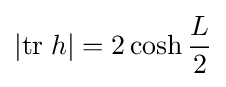
|\mathrm {tr} \;h|=2\cosh {\frac {L}{2}}